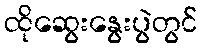
ထိုဆွေးနွေးပွဲတွင်